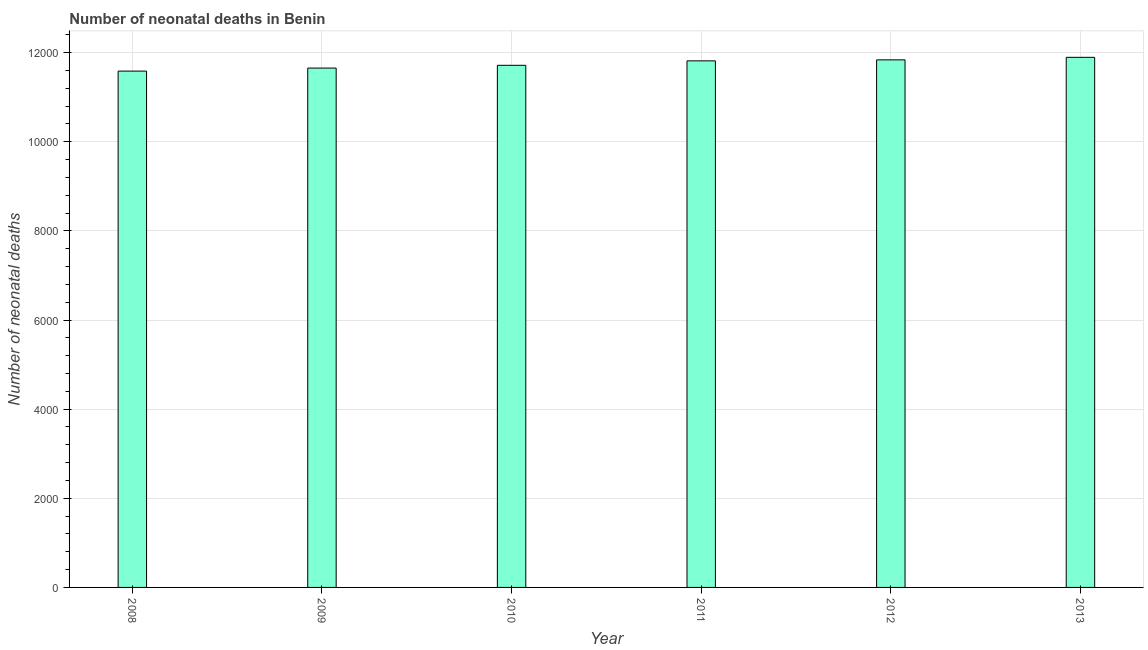
| Year | Neonatal deaths |
 | --- | --- |
 | 2008 | 1.16e+04 |
 | 2009 | 1.17e+04 |
 | 2010 | 1.17e+04 |
 | 2011 | 1.18e+04 |
 | 2012 | 1.18e+04 |
 | 2013 | 1.19e+04 |